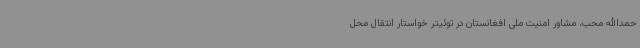
حمدالله محب، مشاور امنیت ملی افغانستان در توئیتر خواستار انتقال محل